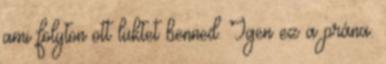
ami folyton ott lüktet benned. Igen ez a prána.